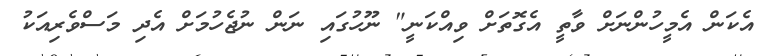
އެކަން އެމީހުންނަށް ވާތީ އެގޮތަށް ވިއްކަނީ" ނޫހުގައި ނަން ނުޖެހުމަށް އެދި މަސްވެރިއަކު